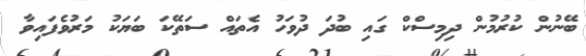
ބޭނުން ކުރުމުން ދިމިސްކް ގައި ބުދަ ދުވަހު އެތައް ސަތޭކަ ބަޔަކު މަރުވެފައިވާ